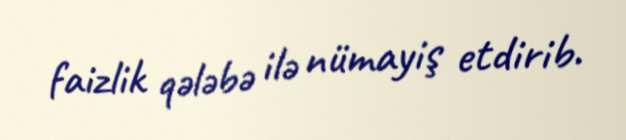
faizlik qələbə ilə nümayiş etdirib.